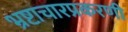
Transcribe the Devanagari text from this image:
भ्रष्टाचारप्रकरणी